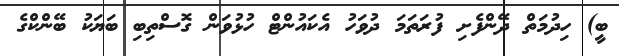
ބީ) ހިދުމަތް ދޭންފެށި ފުރަތަމަ ދުވަހު އެކައުންޓް ހުޅުވަން ގޮސްތިބި ބަޔަކު ބޭންކްގެ